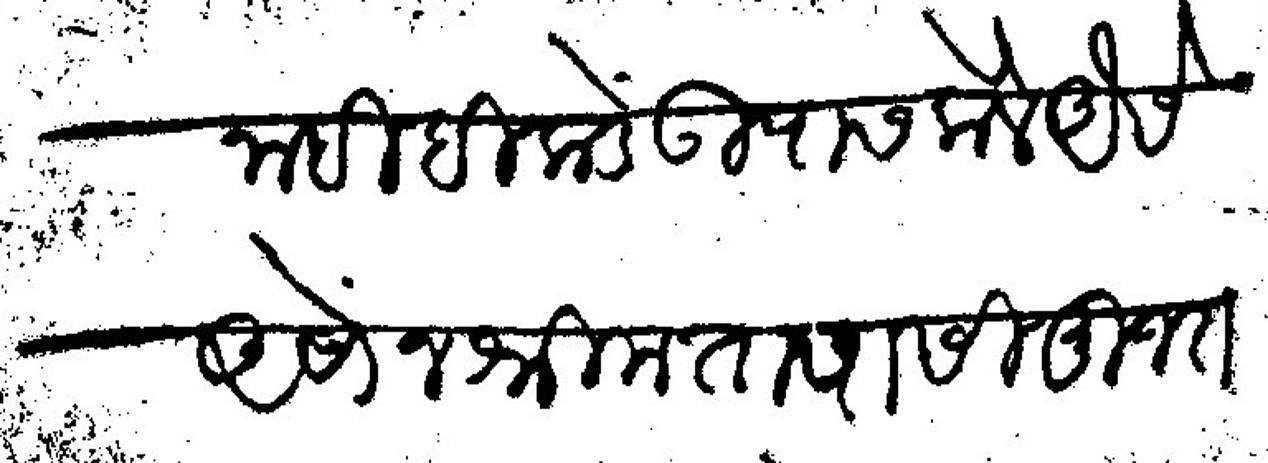
Transliteration (Devanagari): नाही हिकडे उपास केले ऐसे असोंन श्रीमंतापासी मुजरा